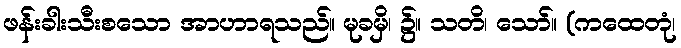
ဖန်းခါးသီးစသော အာဟာရသည်။ မုခမှိ၊ ၌။ သတိ၊ သော်။ (ကထေတုံ၊